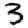
Digit: 3